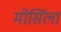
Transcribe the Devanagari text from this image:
मोर्सिला